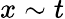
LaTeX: x\sim t